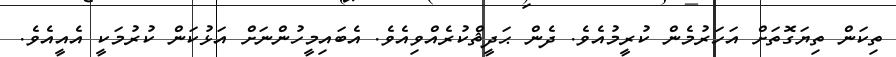
ތިކަން ތިޔަގޮތަށް އަހަރުމެން ކުރީމުއެވެ. ދެން ޙަދީޘްކުރެއްވިއެވެ. އެބައިމީހުންނަށް އަޅުކަން ކުރުމަކީ އެއީއެވެ.